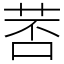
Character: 䓏